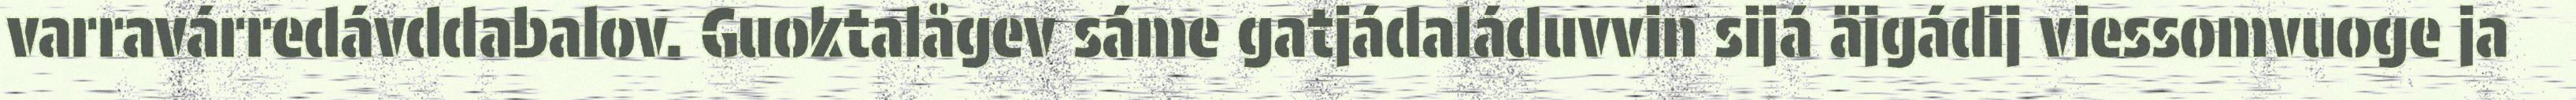
varravárredávddabalov. Guoktalågev sáme gatjádaláduvvin sijá äjgádij viessomvuoge ja